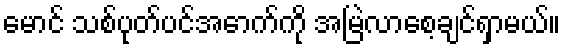
မောင် သစ်ပုတ်ပင်အောက်ကို အမြဲလာစေ့ချင်ရှာမယ်။